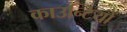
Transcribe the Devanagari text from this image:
काउन्टियों